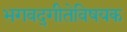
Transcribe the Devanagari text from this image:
भगवद्‌गीतेविषयक